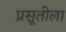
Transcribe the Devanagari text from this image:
प्रसूतीला